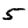
Digit: 5